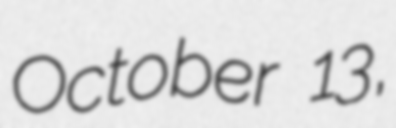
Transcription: October 13,